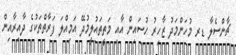
ޗާންސެލާ ޑރ މުހަންމަދު ޒާހިރު ހުސައިން އާއި މަތީތައުލީމުދޭ އަމިއްލަ ފަރާތްތަކުގެ ދާއިރާއިން